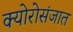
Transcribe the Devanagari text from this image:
क्योरोसंजात